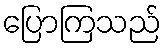
ပြောကြသည်